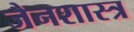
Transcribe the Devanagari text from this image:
जैनशास्त्र